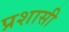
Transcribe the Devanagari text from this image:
प्रशासी